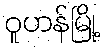
ဝူဟန်မြို့